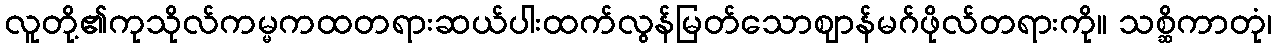
လူတို့၏ကုသိုလ်ကမ္မကထတရားဆယ်ပါးထက်လွန်မြတ်သောဈာန်မဂ်ဖိုလ်တရားကို။ သစ္ဆိကာတုံ၊